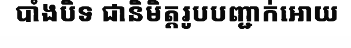
បាំងបិទ ជានិមិត្តរូបបញ្ជាក់អោយ